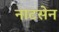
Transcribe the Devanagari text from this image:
नाटसेन